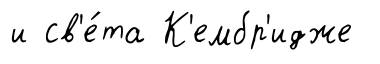
и св'е́та К'ембр'идже